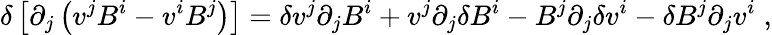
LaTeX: \delta\left[\partial_{j}\left(v^{j}B^{i}-v^{i}B^{j}\right)\right]=\delta v^{j}\partial_{j}B^{i}+v^{j}\partial_{j}\delta B^{i}-B^{j}\partial_{j}\delta v^{i}-\delta B^{j}\partial_{j}v^{i}\; ,